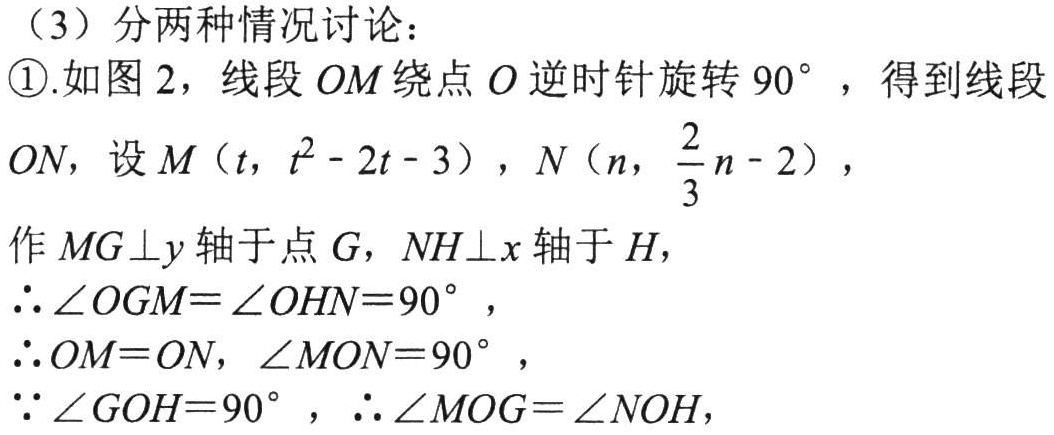
（3）分两种情况讨论：
\textcircled{1}.如图 2，线段 \(OM\) 绕点 \(O\) 逆时针旋转 \(90^{\circ}\) ，得到线段 \(ON\)，设 \(M\left(t,t^{2}-2t - 3\right)\)，\(N\left(n,\frac{2}{3}n - 2\right)\)，
作 \(MG\perp y\) 轴于点 \(G\)，\(NH\perp x\) 轴于 \(H\)，
\(\therefore\angle OGM=\angle OHN = 90^{\circ}\)，
\(\therefore OM = ON\)，\(\angle MON = 90^{\circ}\)，
\(\because\angle GOH = 90^{\circ}\)，\(\therefore\angle MOG=\angle NOH\)，